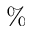
\%